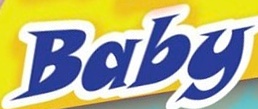
Baby